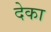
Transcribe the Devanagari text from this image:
देका